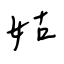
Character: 姑